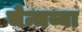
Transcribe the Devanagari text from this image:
चेन्चय्या